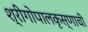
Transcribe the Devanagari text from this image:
श्रीगोपालकृस्णाची